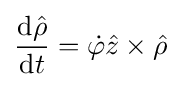
{\frac {\mathrm {d} {\hat {\rho }}}{\mathrm {d} t}}={\dot {\varphi }}{\hat {z}}\times {\hat {\rho }}